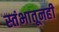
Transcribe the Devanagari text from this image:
स्तंभातूनही